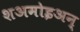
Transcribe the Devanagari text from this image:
शअमोइअन्